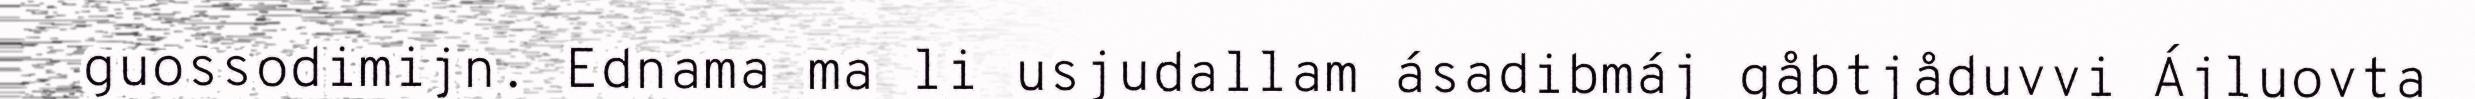
guossodimijn. Ednama ma li usjudallam ásadibmáj gåbtjåduvvi Ájluovta